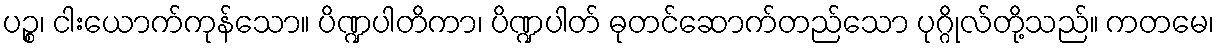
ပဉ္စ၊ ငါးယောက်ကုန်သော။ ပိဏ္ဍပါတိကာ၊ ပိဏ္ဍပါတ် ဓုတင်ဆောက်တည်သော ပုဂ္ဂိုလ်တို့သည်။ ကတမေ၊